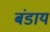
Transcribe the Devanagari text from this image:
बंडाय